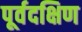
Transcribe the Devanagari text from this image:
पूर्वदक्षिण